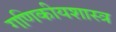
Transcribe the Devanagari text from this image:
गणिकीयशास्त्र